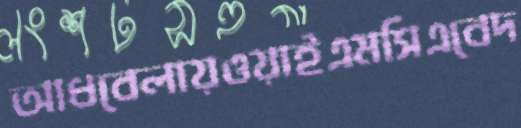
আধবেলায়ওয়াইএমসিএবেদ